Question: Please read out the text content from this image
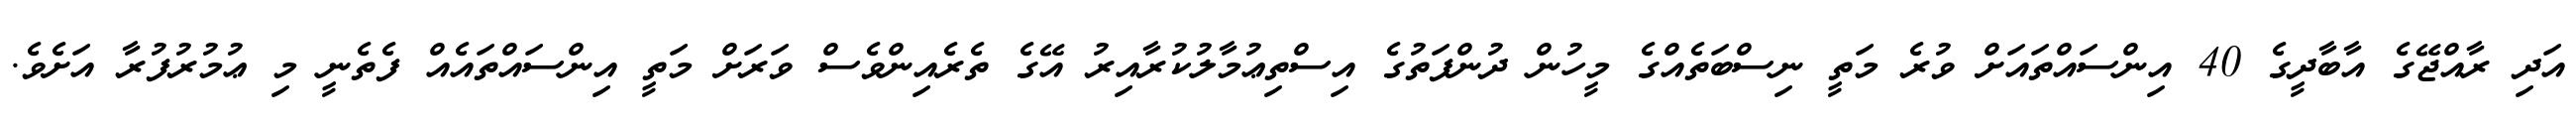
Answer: އަދި ރާއްޖޭގެ އާބާދީގެ 40 އިންސައްތައަށް ވުރެ މަތީ ނިސްބަތެއްގެ މީހުން ދުންފަތުގެ އިސްތިޢުމާލުކުރާއިރު އޭގެ ތެރެއިންވެސް ވަރަށް މަތީ އިންސައްތައެއް ފެތެނީ މި ޢުމުރުފުރާ އަށެވެ.